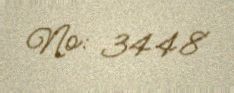
№: 3448